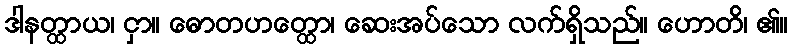
ဒါနတ္ထာယ၊ ငှာ။ ဓောတဟတ္ထော၊ ဆေးအပ်သော လက်ရှိသည်။ ဟောတိ၊ ၏။